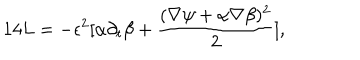
LaTeX: 1 4 L = - \epsilon ^ { 2 } [ \alpha \partial _ { t } \beta + { \frac { ( \nabla \psi + \alpha \nabla \beta ) ^ { 2 } } { 2 } } ] ,